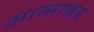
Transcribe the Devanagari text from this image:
आत्माश्रय